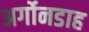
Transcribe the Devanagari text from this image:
अर्गोनडाह